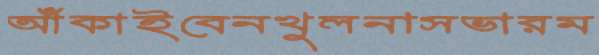
আঁকাইবেনখুলনাসভারম